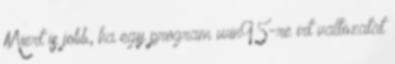
Miert is jobb, ha egy program win95-re irt valtozatat